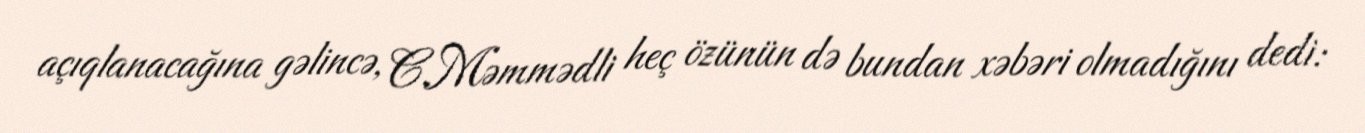
açıqlanacağına gəlincə, C.Məmmədli heç özünün də bundan xəbəri olmadığını dedi: